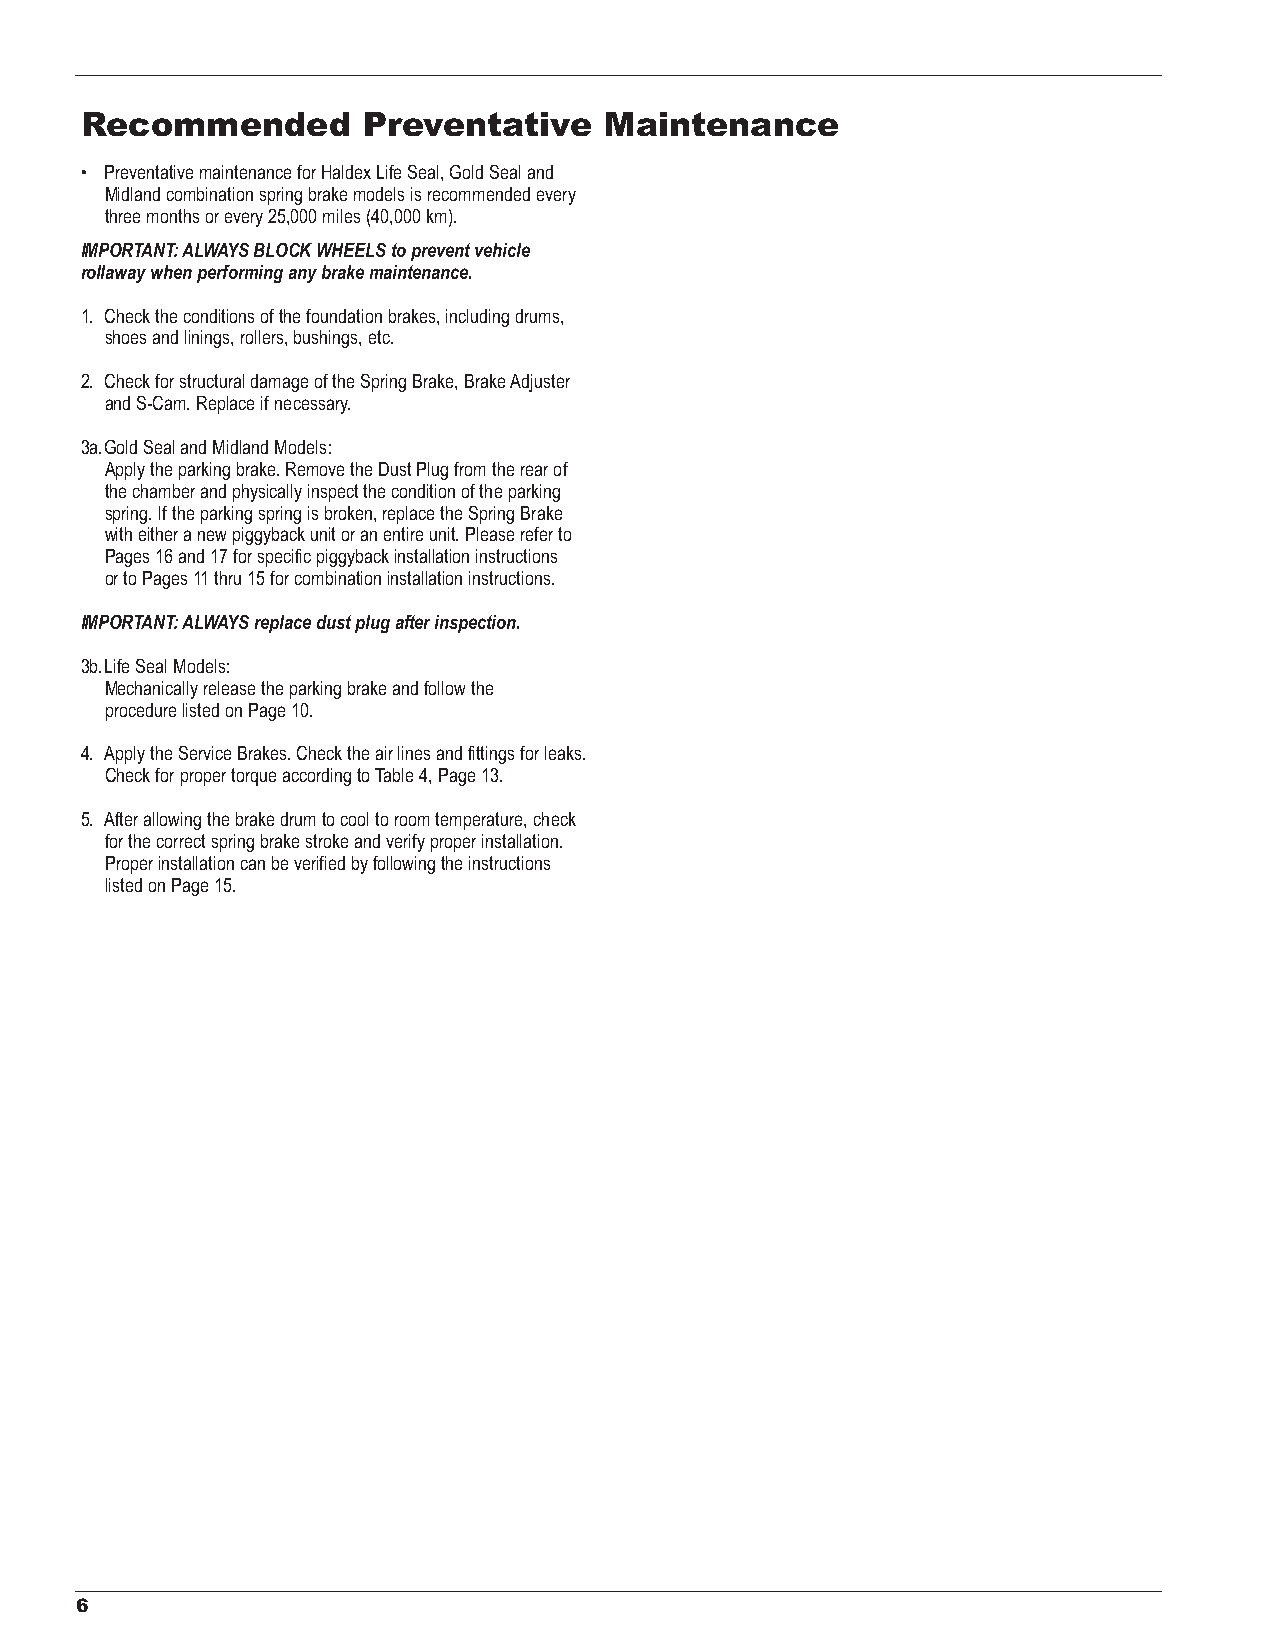
Recommended        Preventative    Maintenance
 • Preventative maintenance for Haldex Life Seal, Gold Seal and
 Midland combination spring brake models is recommended every
 three months or every 25,000 miles (40,000 km).
 IMPORTANT: ALWAYS BLOCK WHEELS to prevent vehicle
 rollaway when performing any brake maintenance.
 1. Check the conditions of the foundation brakes, including drums,
 shoes and linings, rollers, bushings, etc.
 2. Check for structural damage of the Spring Brake, Brake Adjuster
 and S-Cam. Replace if necessary.
 3a.Gold Seal and Midland Models:
 Apply the parking brake. Remove the Dust Plug from the rear of
 the chamber and physically inspect the condition of the parking
 spring. If the parking spring is broken, replace the Spring Brake
 with either a new piggyback unit or an entire unit. Please refer to
 Pages 16 and 17 for specific piggyback installation instructions
 or to Pages 11 thru 15 for combination installation instructions.
 IMPORTANT: ALWAYS replace dust plug after inspection.
 3b.Life Seal Models:
 Mechanically release the parking brake and follow the
 procedure listed on Page 10.
 4. Apply the Service Brakes. Check the air lines and fittings for leaks.
 Check for proper torque according to Table 4, Page 13.
 5. After allowing the brake drum to cool to room temperature, check
 for the correct spring brake stroke and verify proper installation.
 Proper installation can be verified by following the instructions
 listed on Page 15.
 6